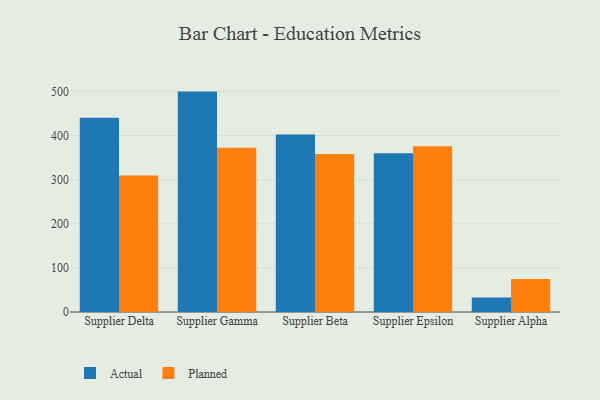
{"axis": {"x": "Supplier", "y": "Satisfaction Score"}, "legend": ["Actual", "Planned"], "data": [{"x": "Supplier Delta", "y": 440.2, "type": "Actual"}, {"x": "Supplier Delta", "y": 309.5, "type": "Planned"}, {"x": "Supplier Gamma", "y": 499.6, "type": "Actual"}, {"x": "Supplier Gamma", "y": 372.4, "type": "Planned"}, {"x": "Supplier Beta", "y": 402.3, "type": "Actual"}, {"x": "Supplier Beta", "y": 358.3, "type": "Planned"}, {"x": "Supplier Epsilon", "y": 360.1, "type": "Actual"}, {"x": "Supplier Epsilon", "y": 375.9, "type": "Planned"}, {"x": "Supplier Alpha", "y": 32.7, "type": "Actual"}, {"x": "Supplier Alpha", "y": 74.9, "type": "Planned"}]}